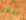
دوفر